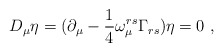
\begin{align*}D_{\mu} \eta = (\partial_\mu- \frac{1}{4} \omega_{\mu}^{rs} \Gamma_{rs} ) \eta = 0 ~,\end{align*}